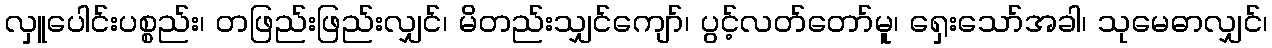
လှူပေါင်းပစ္စည်း၊ တဖြည်းဖြည်းလျှင်၊ မိတည်းသျှင်ကျော်၊ ပွင့်လတ်တော်မူ၊ ရှေးသော်အခါ၊ သုမေဓာလျှင်၊